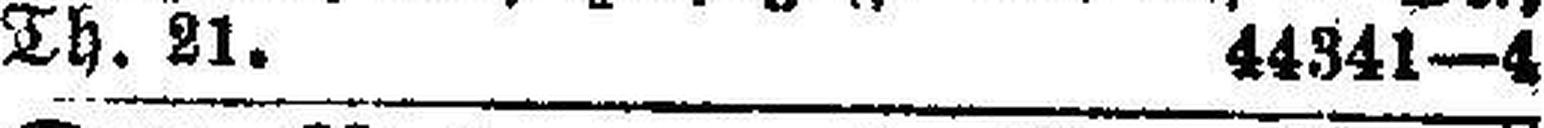
Th. 21. 44341—4